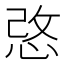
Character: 𢚢